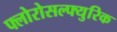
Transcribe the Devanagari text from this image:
फ्लोरोसल्फ्युरिक